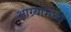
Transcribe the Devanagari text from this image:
आग्र्यामध्ये